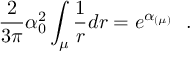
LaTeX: \frac { 2 } { 3 \pi } \alpha _ { 0 } ^ { 2 } \int _ { \mu } \frac { 1 } { r } d r = e ^ { \alpha _ { ( \mu ) } } ~ ~ .